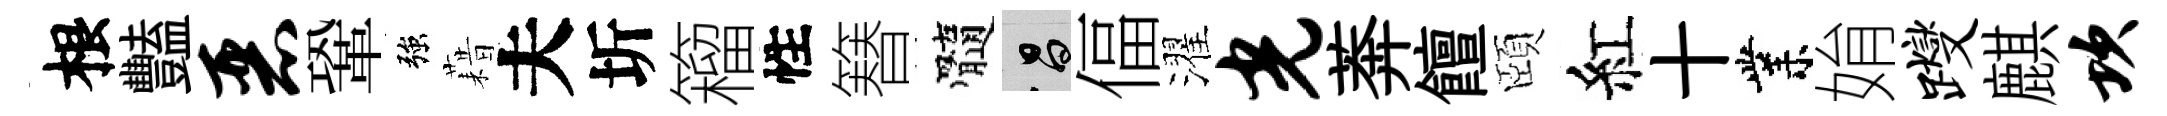
根豔恶鞏強藉夫圻籕性簮髓昌偪濯光莾饘頤紅十業姢躞麒坎